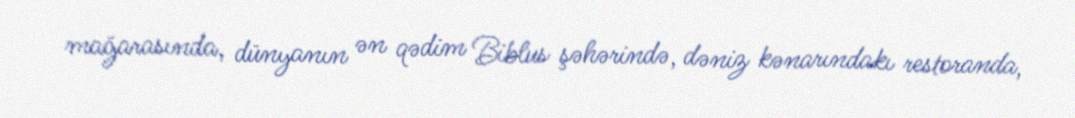
mağarasında, dünyanın ən qədim Biblus şəhərində, dəniz kənarındakı restoranda,